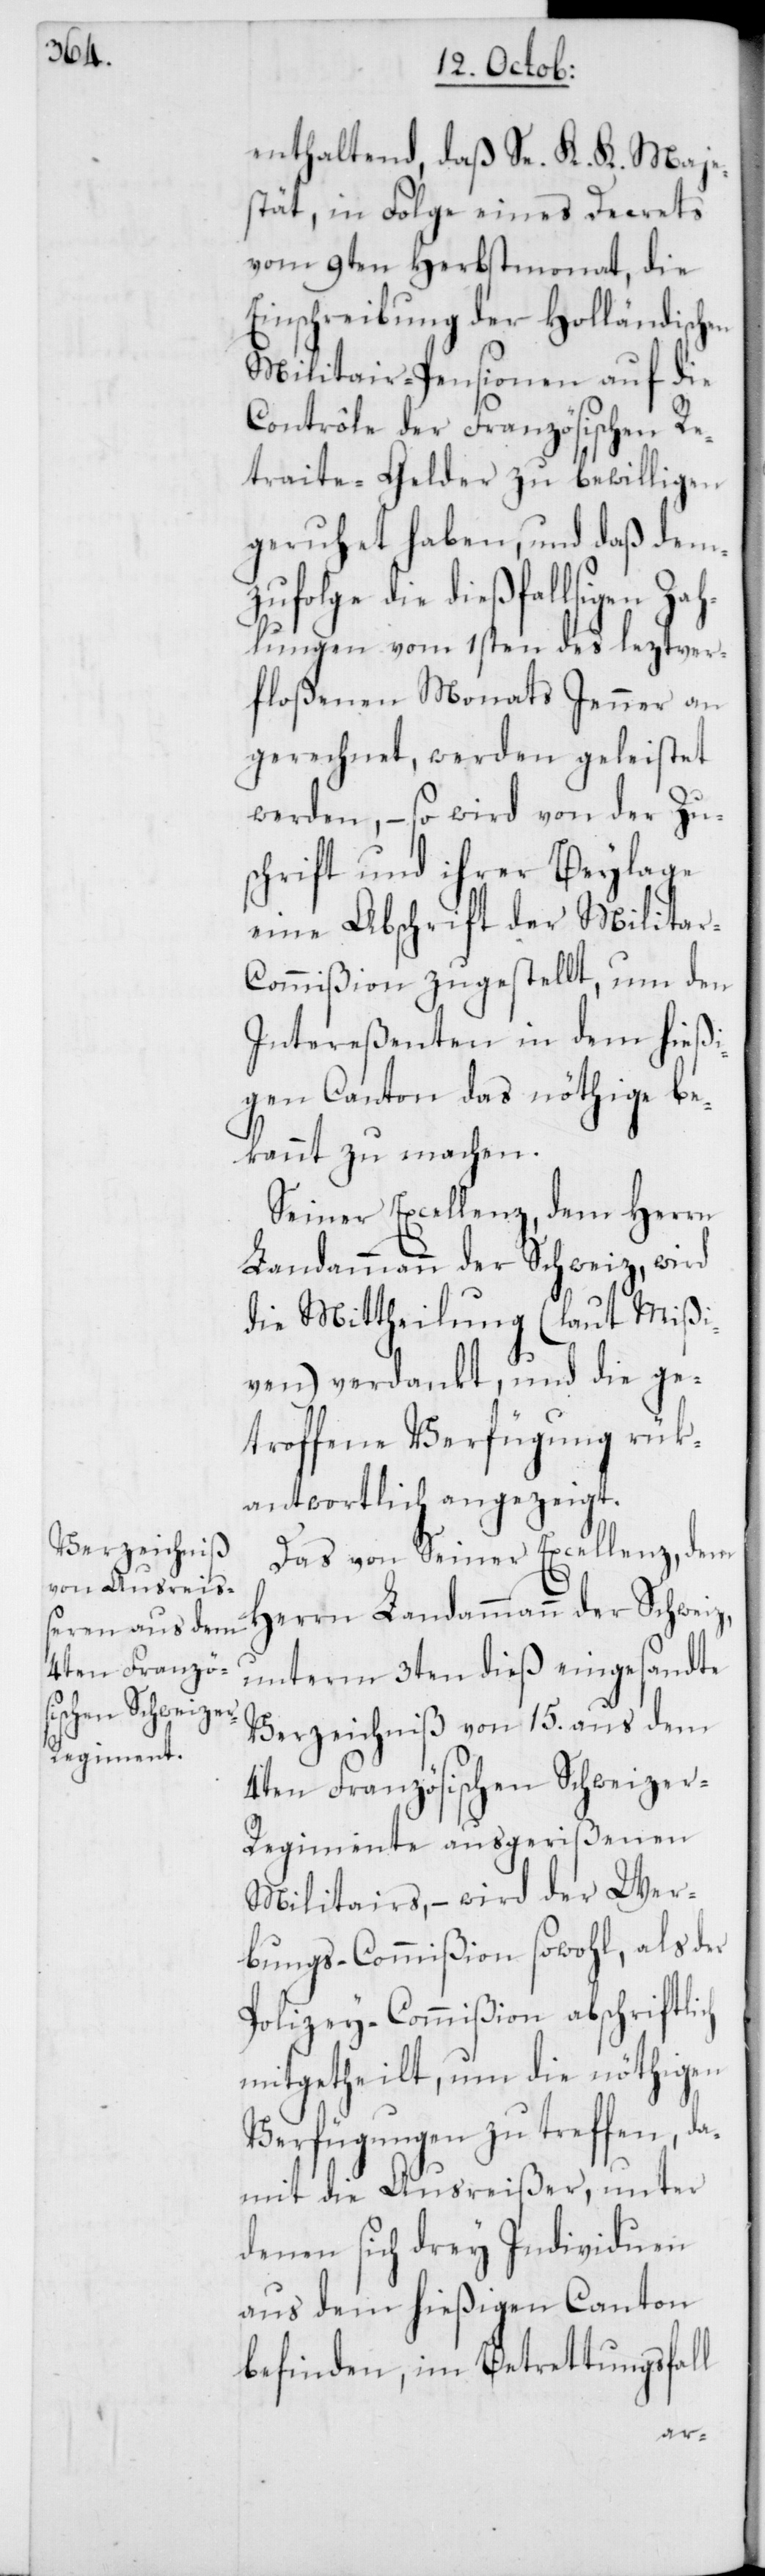
enthaltend, daß Se. K. K. Maje¬
stät, in Folge eines Decrets
vom 9ten Herbstmonat, die
Einschreibung der holländischen
Militair-Pensionen auf die
Contrôle der Französischen Re¬
traite-Gelder zu bewilligen
geruhet haben, und daß dem¬
zufolge die dießfallsige Zah¬
lungen vom 1sten des leztver¬
floßenen Monats Jenner an
gerechnet, werden geleistet
werden, – so wird von der Zu¬
schrift und ihrer Beylage
eine Abschrift der Milita¬
r-Commißion zugestellt, um den
Intereßenten in dem hießi¬
gen Canton das nöthige be¬
kannt zu machen.
Seiner Excellenz, dem Herrn
Landammann der Schweiz, wird
die Mittheilung (laut Mißi¬
ven) verdankt, und die ge¬
troffene Verfügung rük¬
antwortlich angezeigt.
Das von Seiner Excellenz, dem
Herrn Landammann der Schweiz,
unterm 3ten dieß eingesandte
Verzeichniß von 15. aus dem
4ten Französischen Schweize¬
r-Regimente ausgerißenen
Militairs, – wird der Wer¬
bungs-Commißion sowohl, als der
Polizey-Commißion abschriftlich
mitgetheilt, um die nöthigen
Verfügungen zu treffen, da¬
mit die Ausreißer, unter
denen sich drey Individuen
aus dem hießigen Canton
befinden, im Betretungsfall